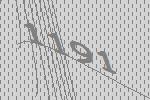
1191